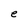
Character: e